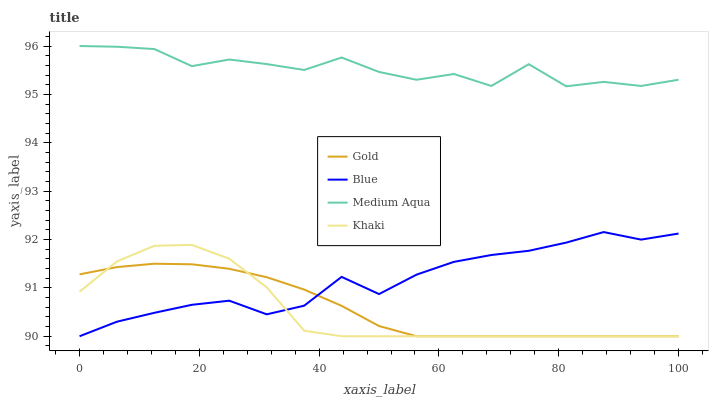
| xaxis_label | Gold | Blue | Medium Aqua | Khaki |
 | --- | --- | --- | --- | --- |
 | 0 | 91.3 | 90 | 96 | 90.9 |
 | 6.25 | 91.4 | 90.3 | 96 | 91.5 |
 | 12.5 | 91.5 | 90.5 | 95.9 | 91.9 |
 | 18.8 | 91.5 | 90.7 | 95.6 | 91.9 |
 | 25 | 91.4 | 90.7 | 95.7 | 91.6 |
 | 31.2 | 91.2 | 90.5 | 95.6 | 91 |
 | 37.5 | 91 | 90.6 | 95.5 | 90.1 |
 | 43.8 | 90.6 | 91.2 | 95.8 | 90 |
 | 50 | 90.2 | 90.9 | 95.5 | 90 |
 | 56.2 | 90 | 91.3 | 95.3 | 90 |
 | 62.5 | 90 | 91.5 | 95.4 | 90 |
 | 68.8 | 90 | 91.7 | 95.2 | 90 |
 | 75 | 90 | 91.8 | 95.6 | 90 |
 | 81.2 | 90 | 91.9 | 95.2 | 90 |
 | 87.5 | 90 | 92.2 | 95.3 | 90 |
 | 93.8 | 90 | 92 | 95.2 | 90 |
 | 100 | 90 | 92.1 | 95.3 | 90 |